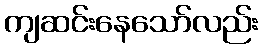
ကျဆင်းနေသော်လည်း